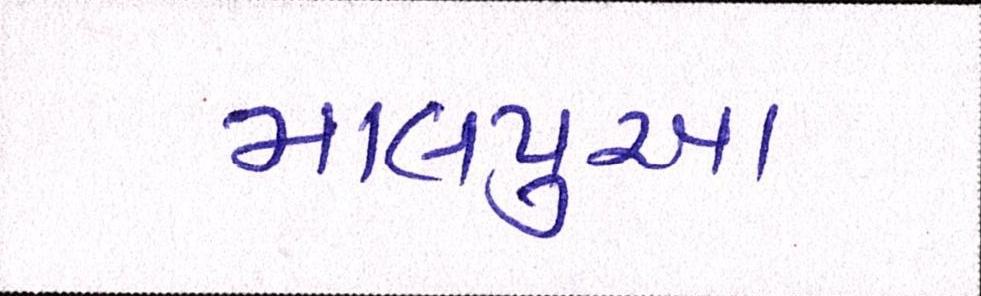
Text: માલપુઆ